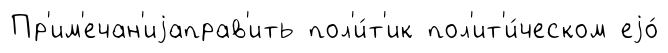
Пр'им'ечан'иjаправ'ить пол'и́т'ик пол'ит'и́ческом еjо́